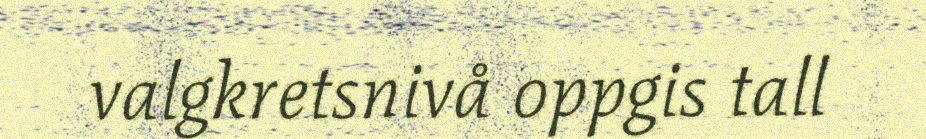
valgkretsnivå oppgis tall